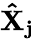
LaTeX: \mathbf{\hat{X}_{j}}